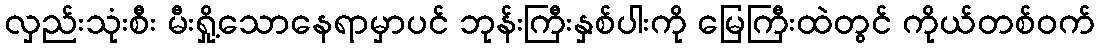
လှည်းသုံးစီး မီးရှို့သောနေရာမှာပင် ဘုန်းကြီးနှစ်ပါးကို မြေကြီးထဲတွင် ကိုယ်တစ်ဝက်